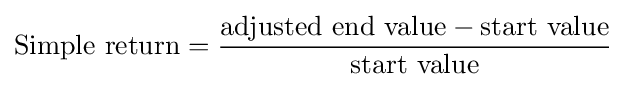
{\text{Simple return}}={\frac {{\text{adjusted end value}}-{\text{start value}}}{\text{start value}}}